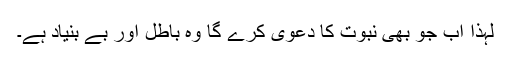
لہٰذا اب جو بھی نبوت کا دعویٰ کرے گا وہ باطل اور بے بنیاد ہے۔